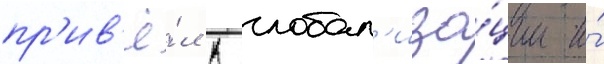
пр'ив'ё́л к глобал'иза́ции и́